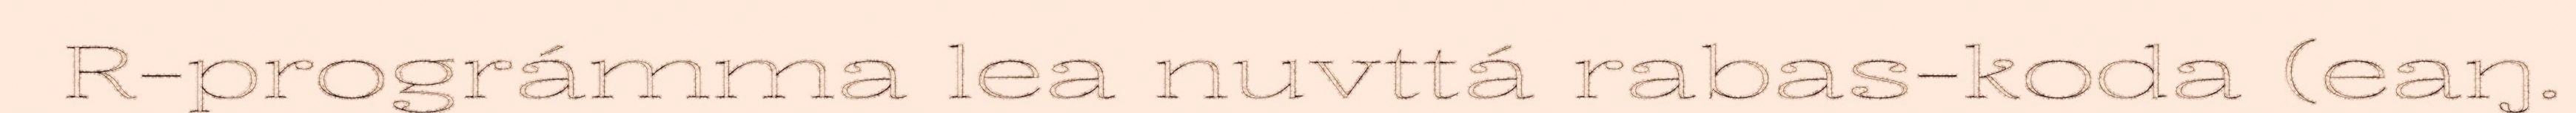
R-prográmma lea nuvttá rabas-koda (eaŋ.